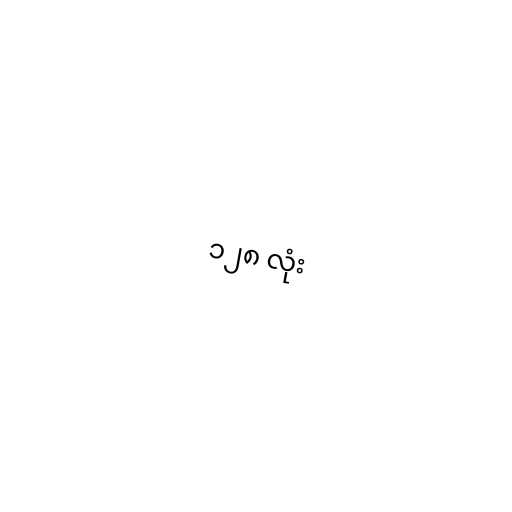
၁၂၈ လုံး